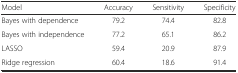
<table><thead><tr><td><b>Model</b></td><td><b>Accuracy</b></td><td><b>Sensitivity</b></td><td><b>Specificity</b></td></tr></thead><tbody><tr><td>Bayes with dependence</td><td>79.2</td><td>74.4</td><td>82.8</td></tr><tr><td>Bayes with independence</td><td>77.2</td><td>65.1</td><td>86.2</td></tr><tr><td>LASSO</td><td>59.4</td><td>20.9</td><td>87.9</td></tr><tr><td>Ridge regression</td><td>60.4</td><td>18.6</td><td>91.4</td></tr></tbody></table>